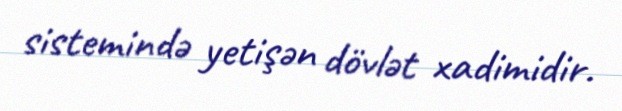
sistemində yetişən dövlət xadimidir.